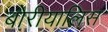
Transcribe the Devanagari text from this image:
बोरीयालिस